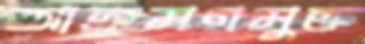
আক্রমণমুক্ত